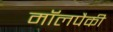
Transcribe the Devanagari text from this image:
मॉलपैकी